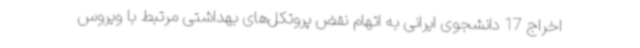
اخراج 17 دانشجوی ایرانی به اتهام نقض پروتکل‌های بهداشتی مرتبط با ویروس